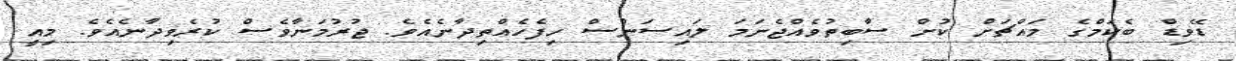
ޑޭވިޑް ބެކަމްގެ މައްޗަށް ކުށް ސާބިތުވެއްޖެނަމަ ލައިސަންސް ހިފެހެއްތިދާނެއެވެ. ޖުރުމަނާވެސް ކުރެވިދާނެއެވެ. މިއީ